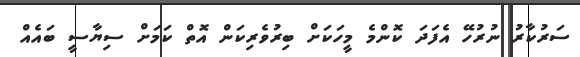
ސަރުކާރު ނުރުހޭ އެފަދަ ކޮންމެ މީހަކަށް ބިރުވެރިކަން އޮތް ކަމަށް ސިޔާސީ ބައެއް